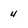
Character: 4